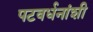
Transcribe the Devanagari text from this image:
पटवर्धनांशी